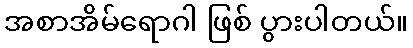
အစာအိမ်ရောဂါ ဖြစ် ပွားပါတယ်။